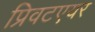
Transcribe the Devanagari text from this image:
प्रिवटएयर